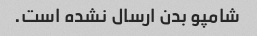
شامپو بدن ارسال نشده است.